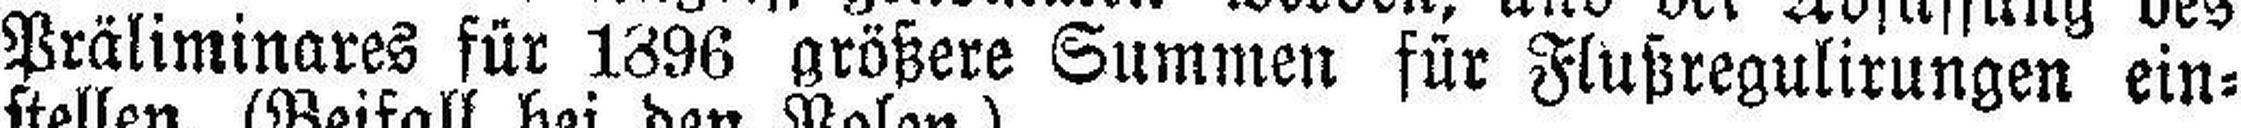
Präliminares für 1896 größere Summen für Flußregulirungen ein¬